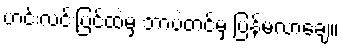
ဟင်းလင်းပြင်ထဲမှ ဘာပဲ့တင်မှ ပြန်မလာချေ။